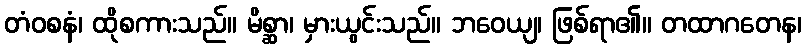
တံဝစနံ၊ ထိုစကားသည်။ မိစ္ဆာ၊ မှားယွင်းသည်။ ဘဝေယျ၊ ဖြစ်ရာ၏။ တထာဂတေန၊